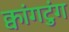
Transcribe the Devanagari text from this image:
क्वांगटुंग